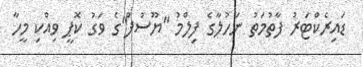
ޑައިރެކްޓަރު ފާތުމަތު ނަހުލާގެ ފިލްމު "ޔޫސުފް"ގެ ވަގު ކޮޕީ ވިއްކި މީހާ